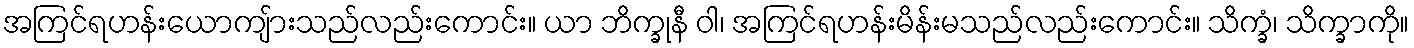
အကြင်ရဟန်းယောကျ်ားသည်လည်းကောင်း။ ယာ ဘိက္ခုနီ ဝါ၊ အကြင်ရဟန်းမိန်းမသည်လည်းကောင်း။ သိက္ခံ၊ သိက္ခာကို။